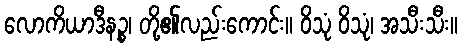
လောကိယာဒီနဉ္စ၊ တို့၏လည်းကောင်း။ ဝိသုံ ဝိသုံ၊ အသီးသီး။